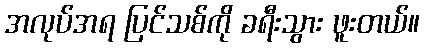
အလုပ်အရ ပြင်သစ်ကို ခရီးသွား ဖူးတယ်။